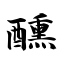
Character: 醺